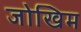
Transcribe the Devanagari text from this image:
जोखिम